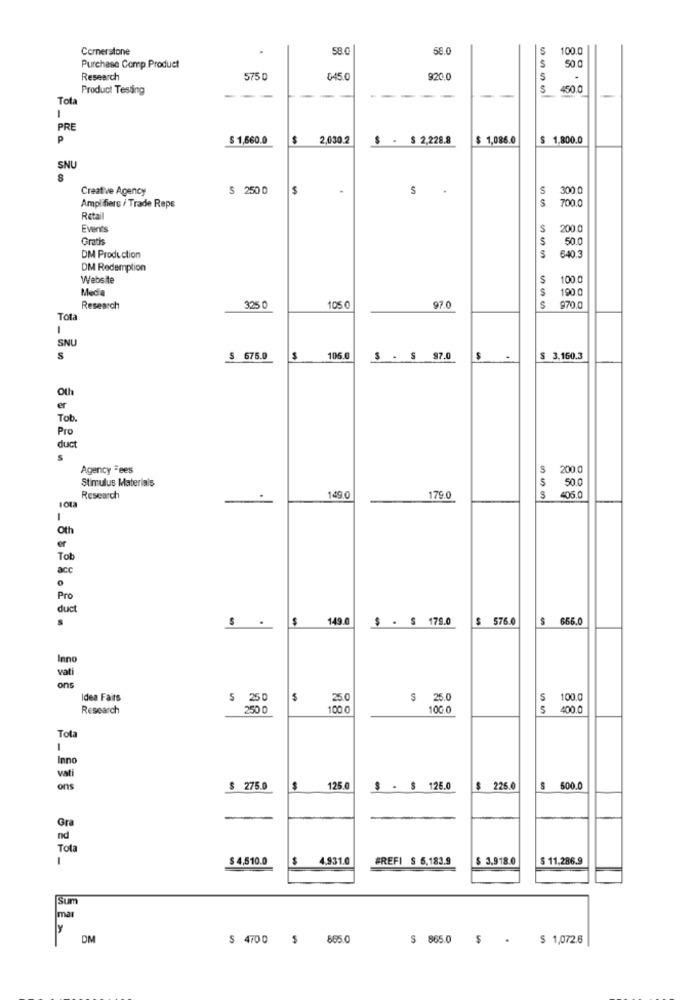
Cornerstone
58.0
58.0
S
100.0
5
Purchase Comp Product
50 0
Research
575 D
045.0
920.0
5
.
Product Testing
450.0
Tota
-
----
-
-
1
PRE
P
$ 1,660.0
$
2,030.2
$ .
$ 2,228.8
$ 1,086.0
$ 1.800.0
SNU
Creative Agency
$ 250 0
$
S
S
300.0
S
Amplifiers / Trade Reps
700.0
Retail
Events
S
200 0
Gratis
S
50.0
DM Production
640.3
DM Redemption
Website
$
100
Media
190.0
97.0
Research
325 0
105 0
970.0
Tota
-
SNU
s
$ 675.0
$
105.0
S . S 97.0
$ 3.160.3
Oth
er
Tob
Pro
duct
s
Agency Fees
200.
5
50.0
Stimulus Materials
Research
149.0
179.0
405.0
Oth
Tob
acc
Pro
duct
$
149.0
$ - $ 179.0
$
576.0
$ 666.0
Inno
vati
ons
Idea Fairs
$ 250
25.0
$ 25.0
S
100.
Research
250 0
100.0
100 0
5
400.
Tot
Inno
vati
ons
$ 275.0
125 0
$ - $ 126.0
$
226.0
$ 600.0
Gra
nd
Tota
$ 4,510.0
$
4,931.0
#REFI S 6,183.9
$ 3.918.0
$ 11.286.9
sum
mar
DM
$ 4700 $ 865.0
$ 865.0 $.
$ 1,072.6